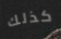
كذلك